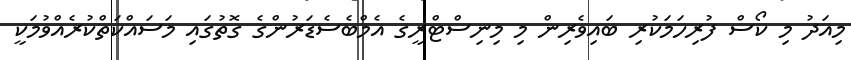
މިއަދު މި ކޯސް ފުރިހަމަކުރި ބައިވެރިން މި މިނިސްޓްރީގެ އެމްބެސެޑަރުންގެ ގޮތުގައި މަސައްކަތްކުރެއްވުމަކީ